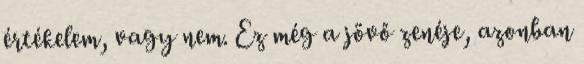
értékelem, vagy nem. Ez még a jövő zenéje, azonban